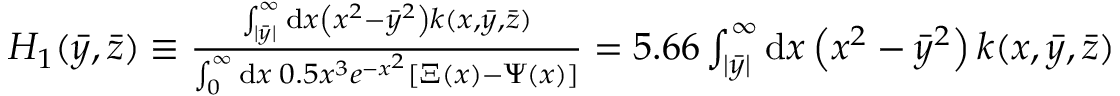
\begin{array} { r } { H _ { 1 } ( \Bar { y } , \Bar { z } ) \equiv \frac { \int _ { | \bar { y } | } ^ { \infty } \mathrm { d } x \left( x ^ { 2 } - \bar { y } ^ { 2 } \right) k ( x , \bar { y } , \bar { z } ) } { \int _ { 0 } ^ { \infty } \mathrm { d } x \: 0 . 5 x ^ { 3 } e ^ { - x ^ { 2 } } [ \Xi ( x ) - \Psi ( x ) ] } = 5 . 6 6 \int _ { | \bar { y } | } ^ { \infty } \mathrm { d } x \left( x ^ { 2 } - \bar { y } ^ { 2 } \right) k ( x , \bar { y } , \bar { z } ) } \end{array}